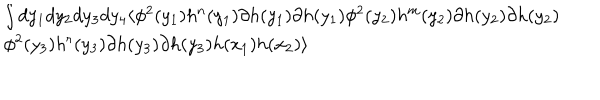
\begin{array} { l } { { \int d y _ { 1 } d y _ { 2 } d y _ { 3 } d y _ { 4 } \langle \phi ^ { 2 } ( y _ { 1 } ) h ^ { n } ( y _ { 1 } ) \partial h ( y _ { 1 } ) \partial h ( y _ { 1 } ) \phi ^ { 2 } ( y _ { 2 } ) h ^ { m } ( y _ { 2 } ) \partial h ( y _ { 2 } ) \partial h ( y _ { 2 } ) } } \\ { { \phi ^ { 2 } ( y _ { 3 } ) h ^ { r } ( y _ { 3 } ) \partial h ( y _ { 3 } ) \partial h ( y _ { 3 } ) h ( x _ { 1 } ) h ( x _ { 2 } ) \rangle } } \\ \end{array}